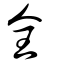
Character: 全